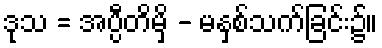
ဒုသ = အပ္ပီတိမှိ - မနှစ်သက်ခြင်း၌။